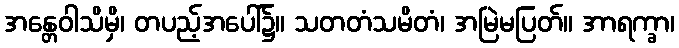
အန္တေဝါသိမှိ၊ တပည့်အပေါ်၌။ သတတံသမိတံ၊ အမြဲမပြတ်။ အာရက္ခာ၊